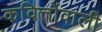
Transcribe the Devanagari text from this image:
कवित्तोंवाली